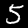
Label: 5